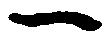
一